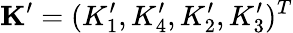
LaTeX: \mathbf{K}^{\prime}=(K_{1}^{\prime},K_{4}^{\prime},K_{2}^{\prime},K_{3}^{\prime})^{T}